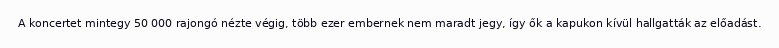
A koncertet mintegy 50 000 rajongó nézte végig, több ezer embernek nem maradt jegy, így ők a kapukon kívül hallgatták az előadást.